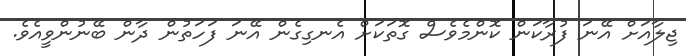
ޖިލާއަށް އޭނަ ފުރާކަން ކޮންމެވެސް ގޮތަކަށް އެނގިގެން އޭނަ ފަހަތުން ދާން ބޭނުންވީއެވެ.